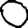
Digit: 0